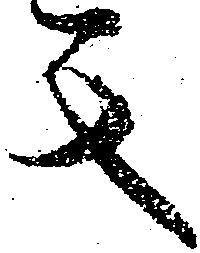
其